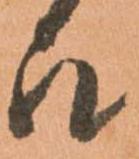
被